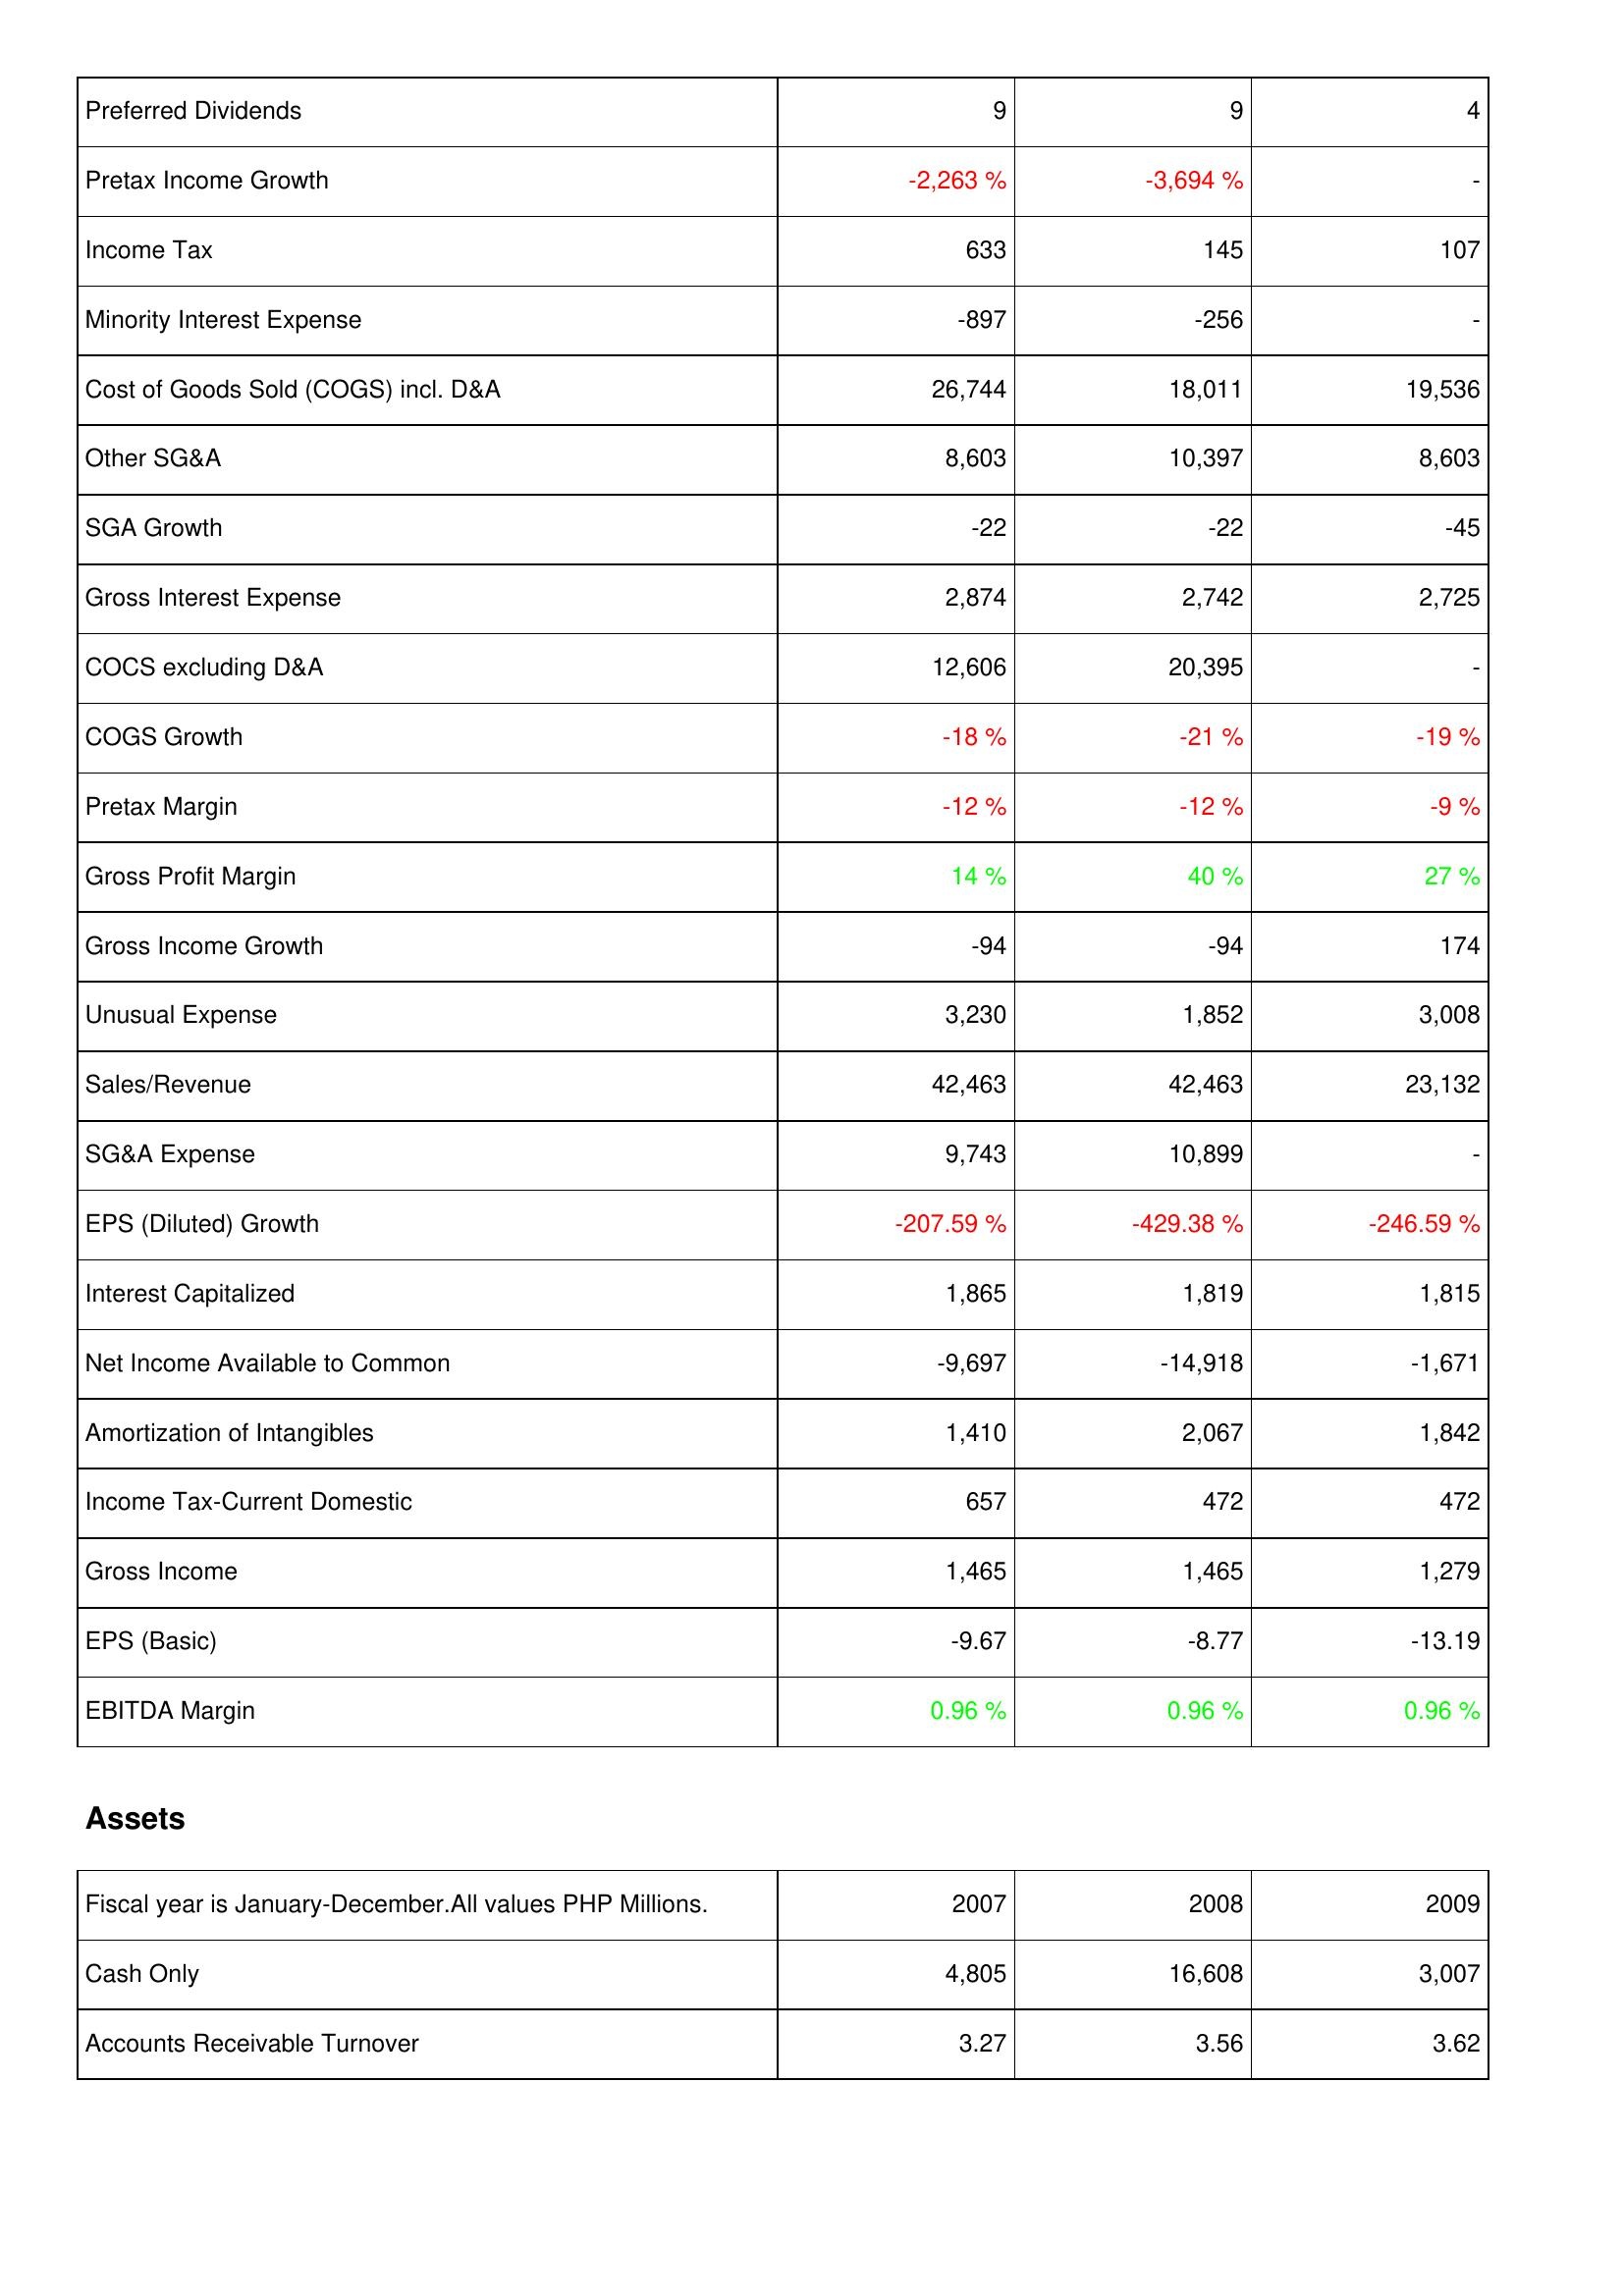
2007: Income Statement: Preferred Dividends: 9
Pretax Income Growth: -2,263 %
Income Tax: 633
Minority Interest Expense: -897
Cost of Goods Sold (COGS) incl. D&A: 26,744
Other SG&A: 8,603
SGA Growth: -22
Gross Interest Expense: 2,874
COCS excluding D&A: 12,606
COGS Growth: -18 %
Pretax Margin: -12 %
Gross Profit Margin: 14 %
Gross Income Growth: -94
Unusual Expense: 3,230
Sales/Revenue: 42,463
SG&A Expense: 9,743
EPS (Diluted) Growth: -207.59 %
Interest Capitalized: 1,865
Net Income Available to Common: -9,697
Amortization of Intangibles: 1,410
Income Tax-Current Domestic: 657
Gross Income: 1,465
EPS (Basic): -9.67
EBITDA Margin: 0.96 %
Assets: Cash Only: 4,805
Accounts Receivable Turnover: 3.27
2008: Income Statement: Preferred Dividends: 9
Pretax Income Growth: -3,694 %
Income Tax: 145
Minority Interest Expense: -256
Cost of Goods Sold (COGS) incl. D&A: 18,011
Other SG&A: 10,397
SGA Growth: -22
Gross Interest Expense: 2,742
COCS excluding D&A: 20,395
COGS Growth: -21 %
Pretax Margin: -12 %
Gross Profit Margin: 40 %
Gross Income Growth: -94
Unusual Expense: 1,852
Sales/Revenue: 42,463
SG&A Expense: 10,899
EPS (Diluted) Growth: -429.38 %
Interest Capitalized: 1,819
Net Income Available to Common: -14,918
Amortization of Intangibles: 2,067
Income Tax-Current Domestic: 472
Gross Income: 1,465
EPS (Basic): -8.77
EBITDA Margin: 0.96 %
Assets: Cash Only: 16,608
Accounts Receivable Turnover: 3.56
2009: Income Statement: Preferred Dividends: 4
Pretax Income Growth: -
Income Tax: 107
Minority Interest Expense: -
Cost of Goods Sold (COGS) incl. D&A: 19,536
Other SG&A: 8,603
SGA Growth: -45
Gross Interest Expense: 2,725
COCS excluding D&A: -
COGS Growth: -19 %
Pretax Margin: -9 %
Gross Profit Margin: 27 %
Gross Income Growth: 174
Unusual Expense: 3,008
Sales/Revenue: 23,132
SG&A Expense: -
EPS (Diluted) Growth: -246.59 %
Interest Capitalized: 1,815
Net Income Available to Common: -1,671
Amortization of Intangibles: 1,842
Income Tax-Current Domestic: 472
Gross Income: 1,279
EPS (Basic): -13.19
EBITDA Margin: 0.96 %
Assets: Cash Only: 3,007
Accounts Receivable Turnover: 3.62